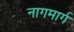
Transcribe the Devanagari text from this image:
नागमार्ग